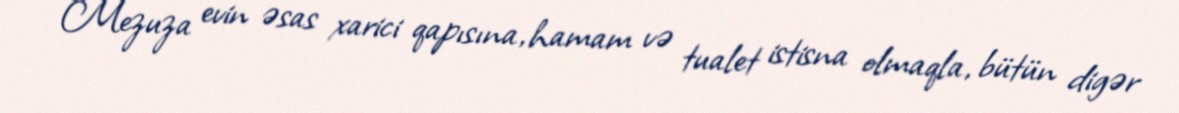
Mezuza evin əsas xarici qapısına, hamam və tualet istisna olmaqla, bütün digər